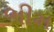
ભીમ